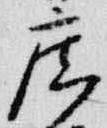
廣